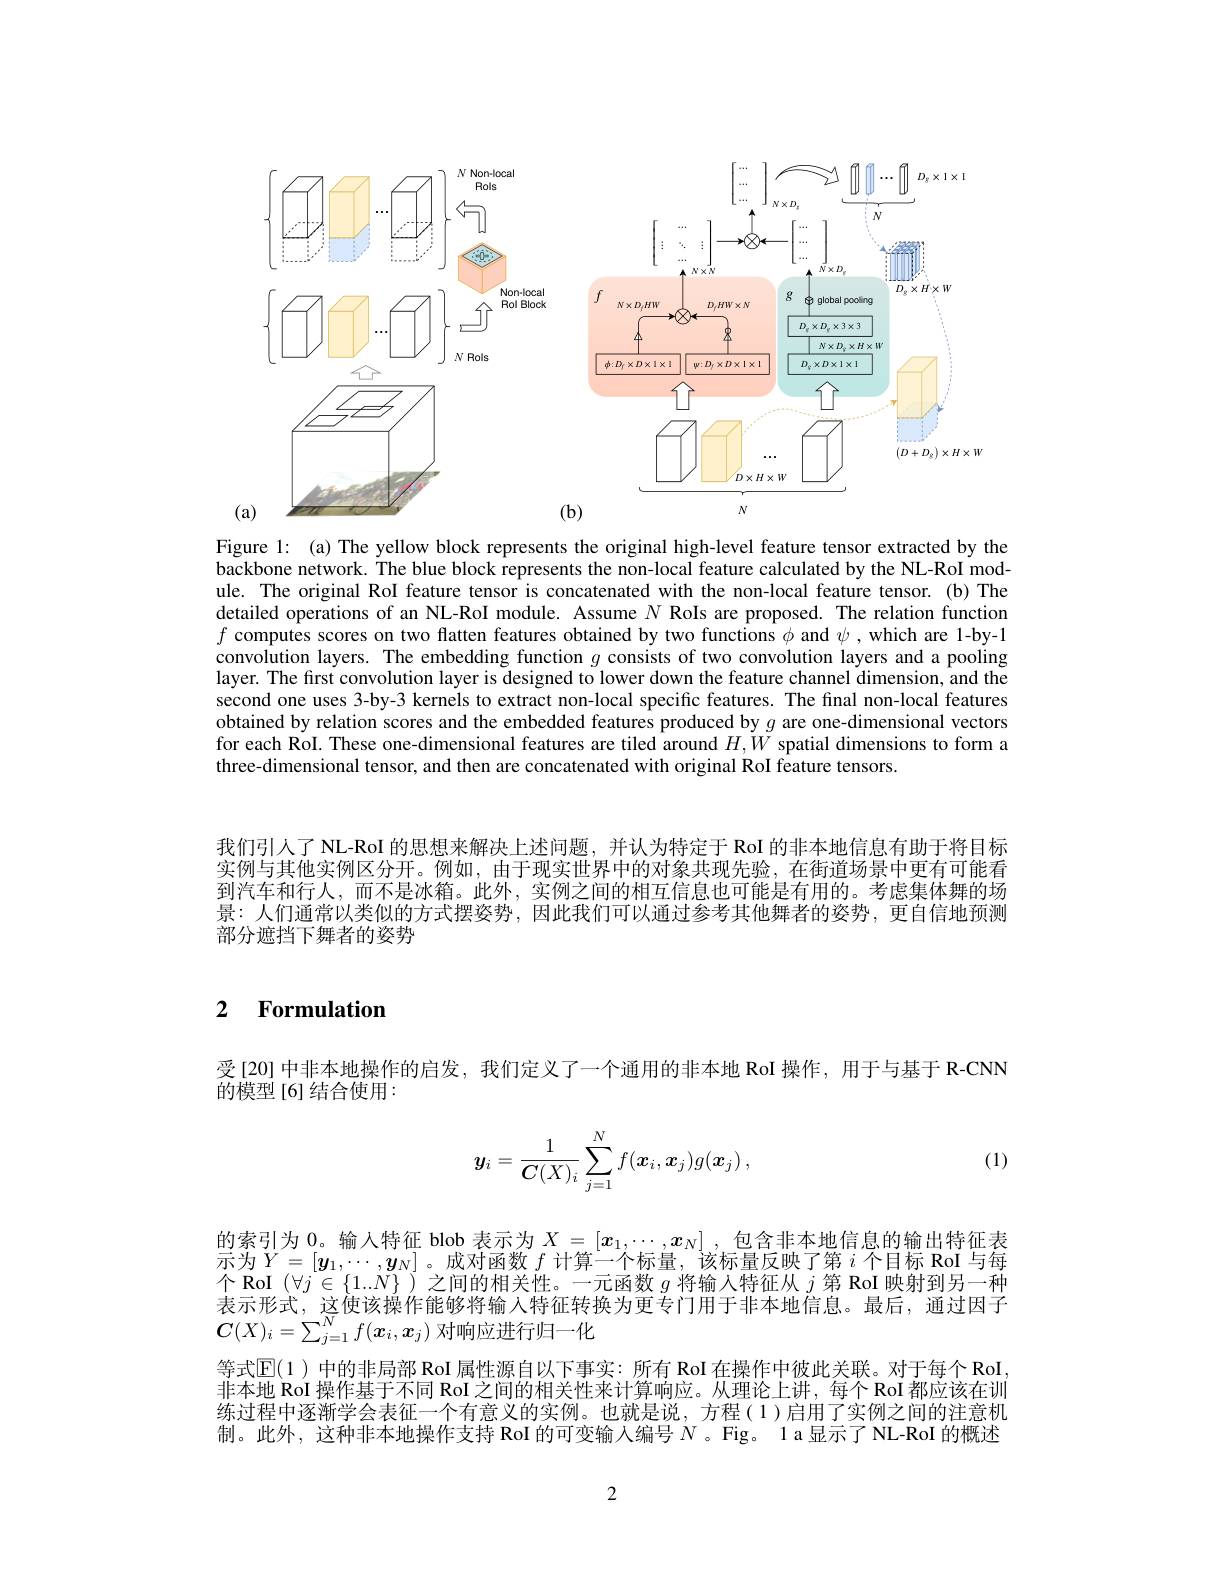
<FigureHere>

<FigureHere>

Figure 1: (a) The yellow block represents the original high-level feature tensor extracted by the backbone network. The blue block represents the non-local feature calculated by the NL-RoI module. The original RoI feature tensor is concatenated with the non-local feature tensor.(b) The detailed operations of an NL-RoI module. Assume $N$ RoIs are proposed. The relation function $f$ computes scores on two flatten features obtained by two functions $\phi$ and $\psi$, which are 1-by-1 convolution layers. The embedding function $g$ consists of two convolution layers and a pooling layer. The first convolution layer is designed to lower down the feature channel dimension, and the second one uses 3-by-3 kernels to extract non-local specific features. The final non-local features obtained by relation scores and the embedded features produced by $g$ are one-dimensional vectors for each RoI. These one-dimensional features are tiled around $H,\bar{W}$ spatial dimensions to form a three-dimensional tensor, and then are concatenated with original RoI feature tensors.

我们引人了 NL-RoI 的思想来解决上述问题，并认为特定于 RoI 的非本地信息有助于将目标实例与其他实例区分开。例如，由于现实世界中的对象共现先验，在街道场景中更有可能看到汽车和行人，而不是冰箱。此外，实例之间的相互信息也可能是有用的。考虑集体舞的场景：人们通常以类似的方式摆姿势，因此我们可以通过参考其他舞者的姿势，更自信地预测部分遮挡下舞者的姿势

### $\textbf{2}$ $\textbf{Formulation}$

受[20] 中非本地操作的启发，我们定义了一个通用的非本地 RoI 操作，用于与基于 R-CNN
的模型[6]结合使用：
$$\boldsymbol{y}_i=\dfrac{1}{\boldsymbol{C}(X)_i}\sum_{j=1}^Nf(\boldsymbol{x}_i,\boldsymbol{x}_j)g(\boldsymbol{x}_j)\:,$$
(1)

的索引为0。输入特征 blob 表示为$X=[x_1,\cdots,x_N]$,包含非本地信息的输出特征表示为$Y=[\boldsymbol{y}_1,\cdots,\boldsymbol{y}_N]$。成对函数$f$计算一个标量，该标量反映了第$i$个目标 RoI 与每个 RoI $(\forall j\in\{1..N\}$ )之间的相关性。一元函数$g$将输入特征从$j$第 RoI 映射到另一种表示形式，这使该操作能够将输入特征转换为更专门用于非本地信息。最后，通过因子$C(X)_i=\sum_{j=1}^Nf(\boldsymbol{x}_i,\boldsymbol{x}_j)$对响应进行归一化
等式$\mathbb{E}(1)$ 中的非局部 Rol 属性源自以下事实：所有 RoI 在操作中彼此关联。对于每个 RoI 非本地 RoI 操作基于不同 RoI 之间的相关性来计算响应。从理论上讲，每个 RoI 都应该在训练过程中逐渐学会表征一个有意义的实例。也就是说，方程(1)启用了实例之间的注意机制。此外，这种非本地操作支持 RoI 的可变输人编号$N$ 。Fig。1a 显示了 NL-RoI 的概述

2